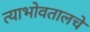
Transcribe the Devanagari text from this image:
त्याभोवतालचे